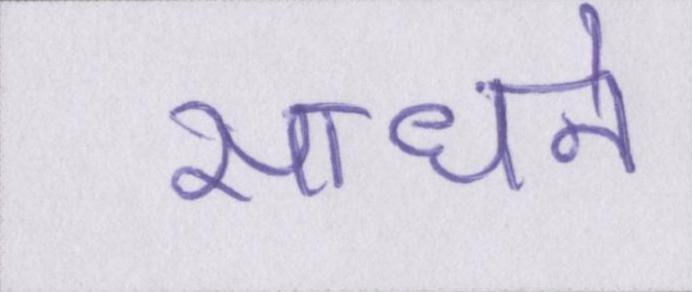
साधने